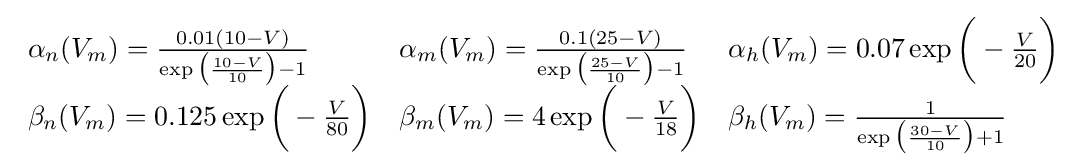
{\begin{array}{lll}\alpha _{n}(V_{m})={\frac {0.01(10-V)}{\exp {\big (}{\frac {10-V}{10}}{\big )}-1}}&\alpha _{m}(V_{m})={\frac {0.1(25-V)}{\exp {\big (}{\frac {25-V}{10}}{\big )}-1}}&\alpha _{h}(V_{m})=0.07\exp {\bigg (}-{\frac {V}{20}}{\bigg )}\\\beta _{n}(V_{m})=0.125\exp {\bigg (}-{\frac {V}{80}}{\bigg )}&\beta _{m}(V_{m})=4\exp {\bigg (}-{\frac {V}{18}}{\bigg )}&\beta _{h}(V_{m})={\frac {1}{\exp {\big (}{\frac {30-V}{10}}{\big )}+1}}\end{array}}